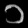
Digit: ၁